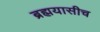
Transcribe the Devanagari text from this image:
ब्रह्मयासीच